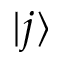
| j \rangle